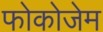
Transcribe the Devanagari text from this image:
फोकोजेम